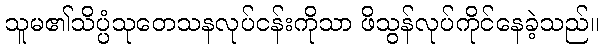
သူမ၏သိပ္ပံသုတေသနလုပ်ငန်းကိုသာ ဖိသွန်လုပ်ကိုင်နေခဲ့သည်။